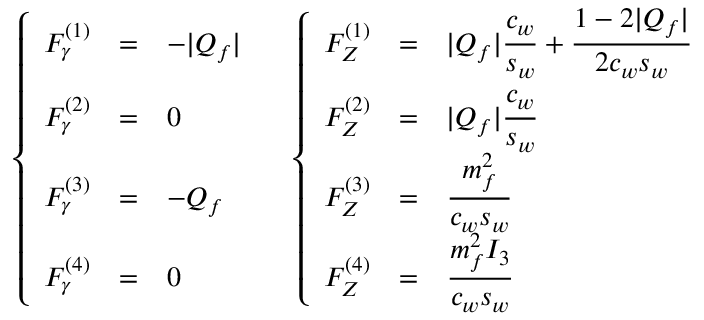
\left\{ \begin{array} { r c l } { { F _ { \gamma } ^ { ( 1 ) } } } & { { = } } & { { - | Q _ { f } | \vphantom { \displaystyle | Q _ { f } | { \frac { \strut c _ { w } } { s _ { w } } } } } } \\ { { F _ { \gamma } ^ { ( 2 ) } } } & { { = } } & { { 0 \vphantom { \displaystyle | Q _ { f } | { \frac { \strut c _ { w } } { s _ { w } } } } } } \\ { { F _ { \gamma } ^ { ( 3 ) } } } & { { = } } & { { - Q _ { f } \vphantom { \displaystyle \frac { \strut m _ { f } ^ { 2 } } { c _ { w } s _ { w } } } } } \\ { { F _ { \gamma } ^ { ( 4 ) } } } & { { = } } & { { 0 \vphantom { \displaystyle \frac { \strut m _ { f } ^ { 2 } I _ { 3 } } { c _ { w } s _ { w } } } } } \end{array} \right. \quad \left\{ \begin{array} { r c l } { { F _ { Z } ^ { ( 1 ) } } } & { { = } } & { { \displaystyle | Q _ { f } | { \frac { \strut c _ { w } } { s _ { w } } } + \frac { 1 - 2 | Q _ { f } | } { 2 c _ { w } s _ { w } } } } \\ { { F _ { Z } ^ { ( 2 ) } } } & { { = } } & { { \displaystyle | Q _ { f } | { \frac { \strut c _ { w } } { s _ { w } } } } } \\ { { F _ { Z } ^ { ( 3 ) } } } & { { = } } & { { \displaystyle \frac { \strut m _ { f } ^ { 2 } } { c _ { w } s _ { w } } } } \\ { { F _ { Z } ^ { ( 4 ) } } } & { { = } } & { { \displaystyle \frac { \strut m _ { f } ^ { 2 } I _ { 3 } } { c _ { w } s _ { w } } } } \end{array} \right.